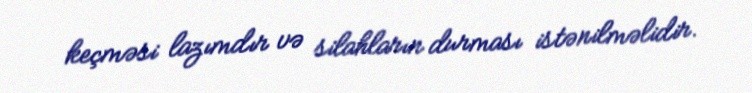
keçməsi lazımdır və silahların durması istənilməlidir.